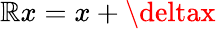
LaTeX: \mathbb{R}x=x+\deltax